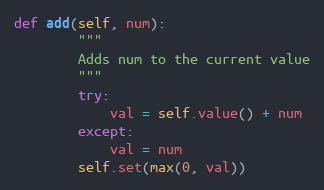
Language: Python
def add(self, num):
        """
        Adds num to the current value
        """
        try:
            val = self.value() + num
        except:
            val = num
        self.set(max(0, val))